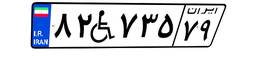
۸۲W۷۳۵۷۹